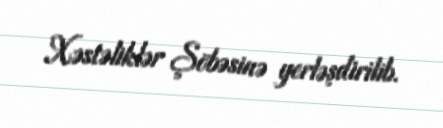
Xəstəliklər Şöbəsinə yerləşdirilib.